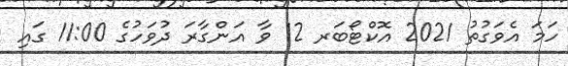
ހަމަ އެވަގުތު 2021 އޮކްޓޯބަރ 12 ވާ އަންގާރަ ދުވަހުގެ 11:00 ގައި